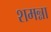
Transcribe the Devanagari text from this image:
शमन्ना